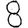
Digit: 8